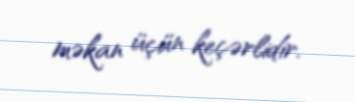
məkan üçün keçərlidir.